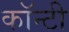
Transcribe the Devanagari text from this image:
काॅन्टी